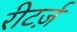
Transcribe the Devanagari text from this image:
रीटर्ज़